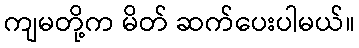
ကျမတို့က မိတ် ဆက်ပေးပါမယ်။